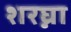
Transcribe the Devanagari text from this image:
शरघ्ना